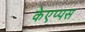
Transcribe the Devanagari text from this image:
केएप्पस